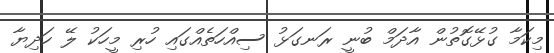
މިކަމާ ގުޅޭގޮތުން އާދަމް ބުނީ ރަނގަޅު ސިއްހަތެއްގައި ހުރި މީހަކު ލޭ ހަދިޔާ